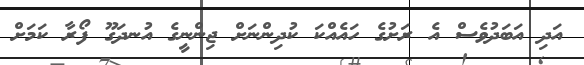
އަދި އަބަދުވެސް އެ ރަށުގެ ހައެއްކަ ކުދިންނަށް ޖިންނީގެ އުނދަގޫ ފޯރާ ކަމަށް